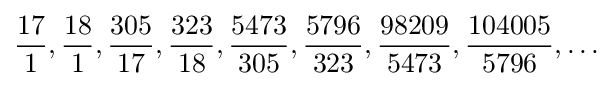
{\frac {17}{1}},{\frac {18}{1}},{\frac {305}{17}},{\frac {323}{18}},{\frac {5473}{305}},{\frac {5796}{323}},{\frac {98209}{5473}},{\frac {104005}{5796}},\ldots